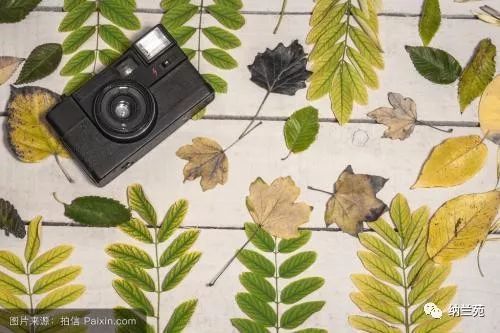
报答春光知有处，应须美酒送生涯。